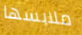
ملابسها